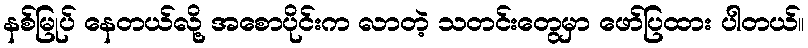
နစ်မြုပ် နေတယ်လို့ အစောပိုင်းက လာတဲ့ သတင်းတွေမှာ ဖော်ပြထား ပါတယ်။